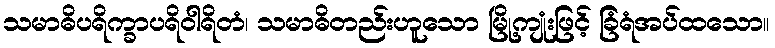
သမာဓိပရိက္ခာပရိဝါရိတံ၊ သမာဓိတည်းဟူသော မြို့ကျုံးဖြင့် ခြံရံအပ်ထသော။